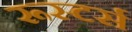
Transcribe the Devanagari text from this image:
रूस्टर्स